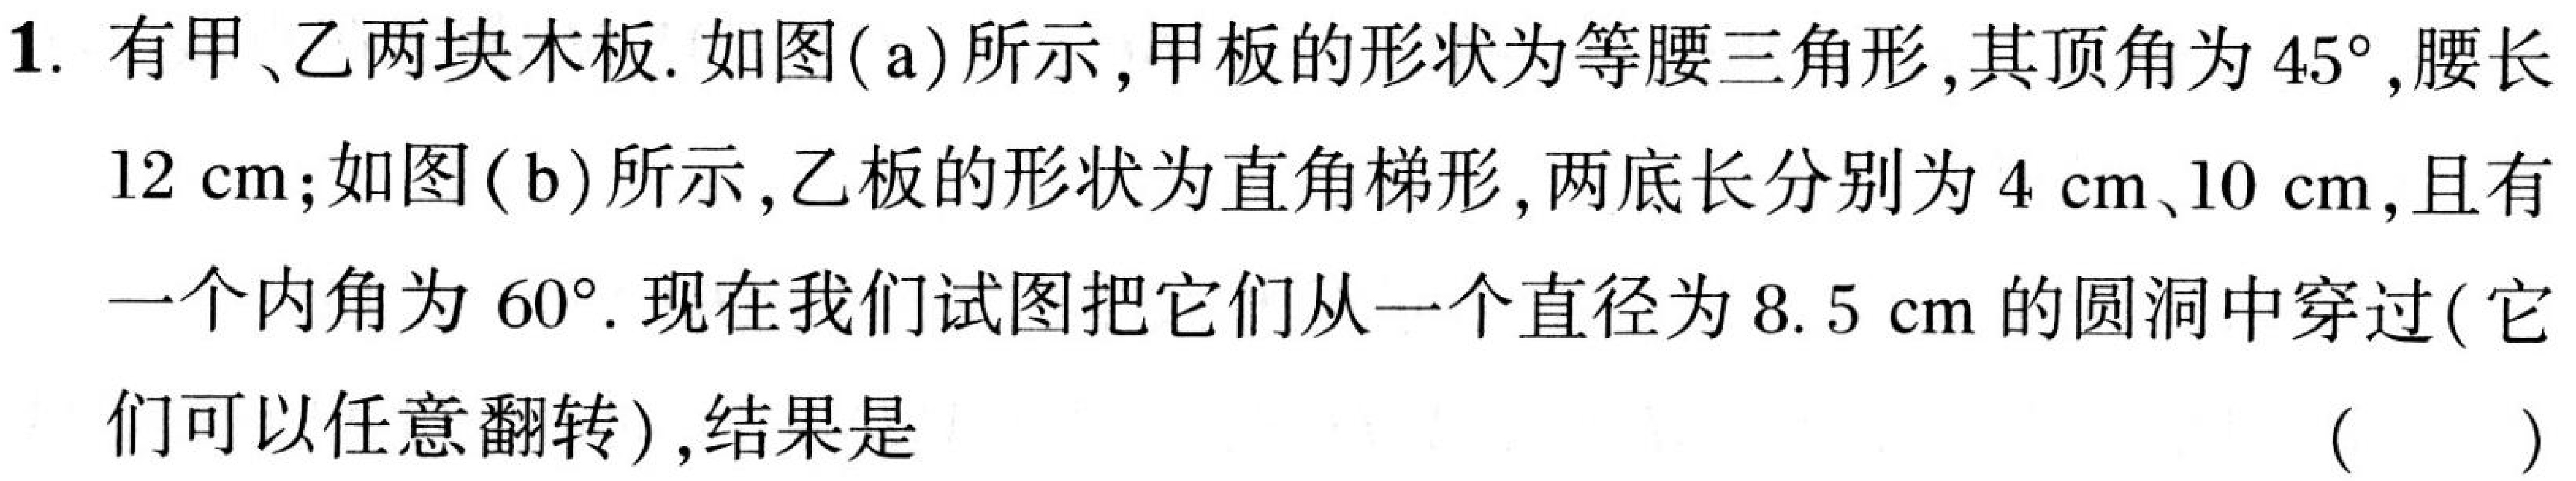
1. 有甲、乙两块木板. 如图( a)所示，甲板的形状为等腰三角形，其顶角为\(45^{\circ}\)，腰长
\(12\mathrm{cm}\)；如图( b)所示，乙板的形状为直角梯形，两底长分别为\(4\mathrm{cm}\)、\(10\mathrm{cm}\)，且有
一个内角为\(60^{\circ}\). 现在我们试图把它们从一个直径为\(8.5\mathrm{cm}\)的圆洞中穿过(它们可以任意翻转)，结果是 （  ）